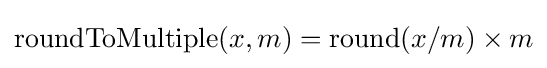
\mathrm {roundToMultiple} (x,m)=\mathrm {round} (x/m)\times m